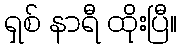
ရှစ် နာရီ ထိုးပြီ။